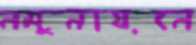
নমুনায়নে